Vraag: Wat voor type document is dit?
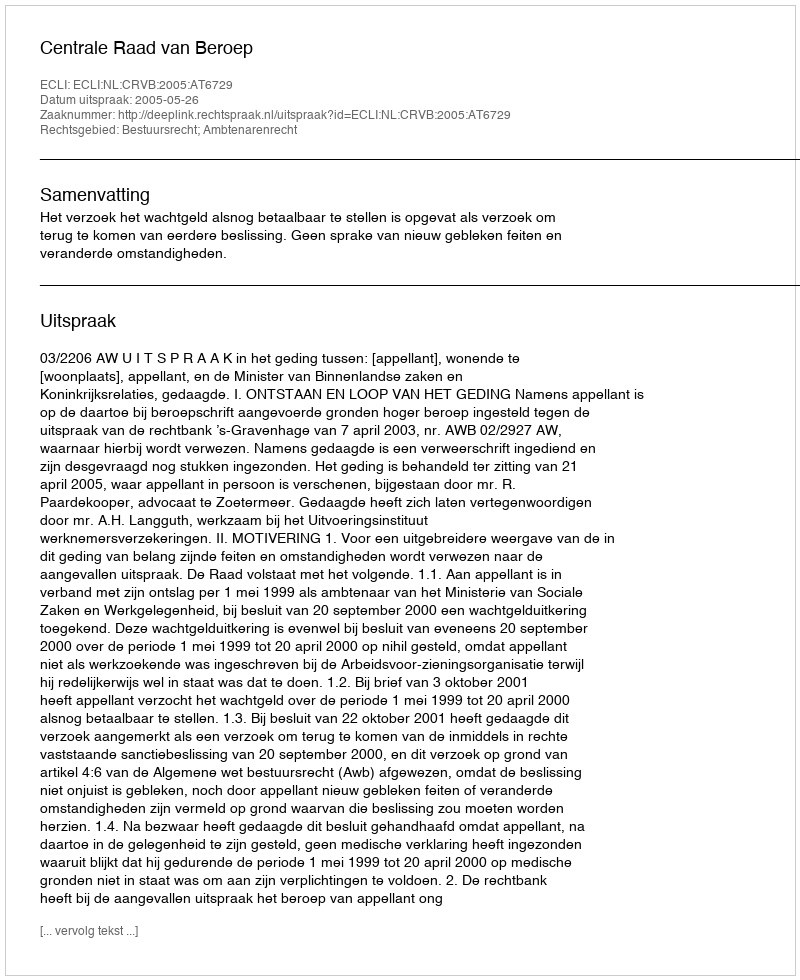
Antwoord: Uitspraak